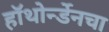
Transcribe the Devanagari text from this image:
हॉथोर्न्डेनचा